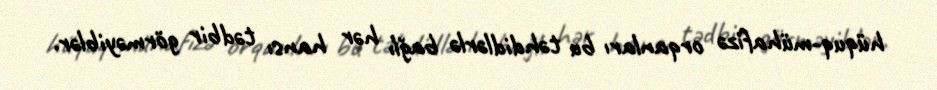
hüquq-mühafizə orqanları bu təhdidlərlə bağlı hər hansı tədbir görməyiblər.